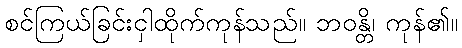
စင်ကြယ်ခြင်းငှါထိုက်ကုန်သည်။ ဘဝန္တိ၊ ကုန်၏။